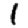
Digit: 1